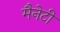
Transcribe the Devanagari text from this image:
मैनेटी